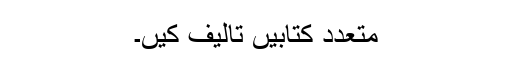
متعدد کتابیں تالیف کیں۔